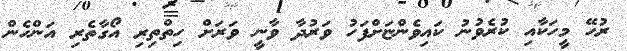
ރުހޭ މީހަކާއި ކުރެވުނު ކައިވެންޏަށްފަހު ވަރުދާ ވާނީ ވަރަށް ހިތްތިރި އޯގާތެރި އަންހެން